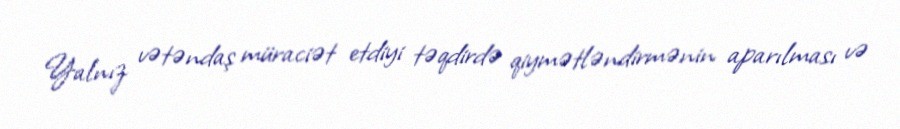
Yalnız vətəndaş müraciət etdiyi təqdirdə qiymətləndirmənin aparılması və